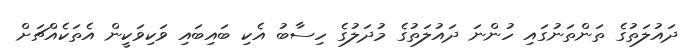
ދައުލަތުގެ ތަންތަނުގައި ހުންނަ ދައުލަތުގެ މުދަލުގެ ހިސާބު އެކި ބައިބައި ވަކިވަކީން އެތަކެއްޗަށް